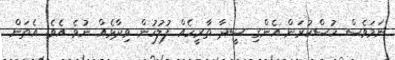
ނަމަވެސް ހުސްކުރަން އެންގި ސީދާ ތާރީހެއް ފުލުހުން ވިދާޅެއް ނުވެ އެވެ. އެތަން